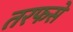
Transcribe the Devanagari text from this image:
तरफसे